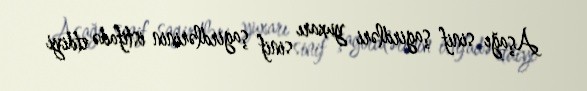
Aşağı sinif şagirdləri yuxarı sinif şagirdlərinin istifadə etdiyi